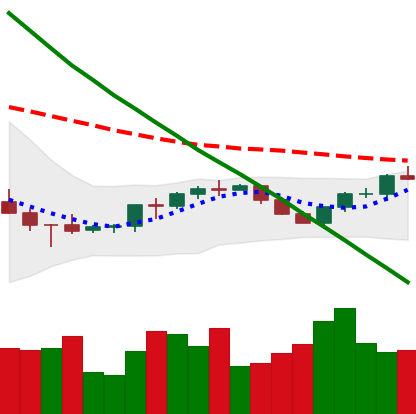
Ticker: BNB-USD
Chart end date: 2022-07-17
Forward return: 6.064%
Label: up_5_7